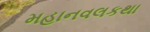
મહાનવલકથા